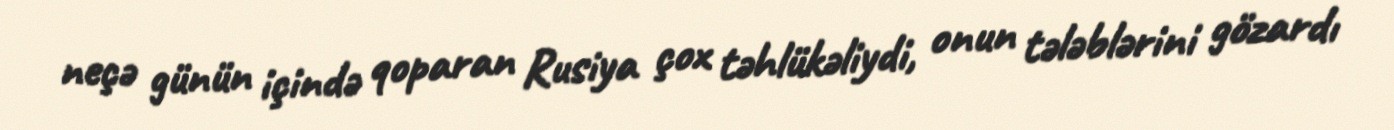
neçə günün içində qoparan Rusiya çox təhlükəliydi, onun tələblərini gözardı